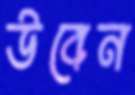
উবেন